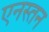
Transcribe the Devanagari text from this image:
एनस्तन